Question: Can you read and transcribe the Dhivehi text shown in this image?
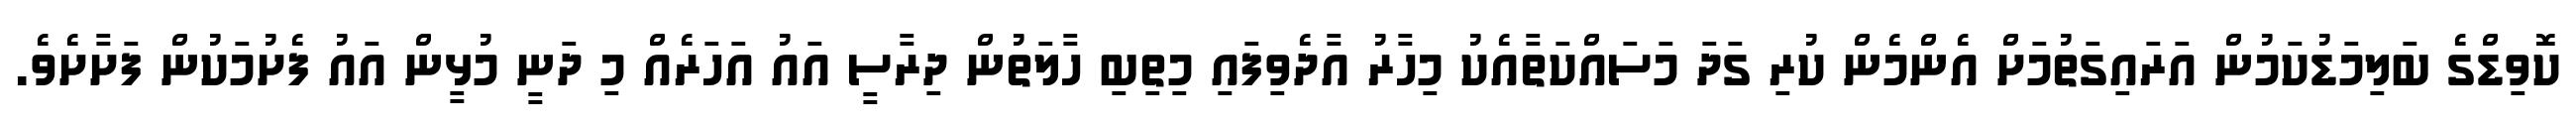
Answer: ކޮވިޑްގެ ބަލިމަޑުކަމުން އަރައިގަތުމަށް އެންމެން ކުރި ގަދަ މަސައްކަތާއެކު މިހާރު އާދެވިފައި މިތިބި ހާލަތުން ދިރާސީ އައު އަހަރެއް މި ދަނީ މުޅީން އައު ފެށުމަކުން ފަށާށެވެ.